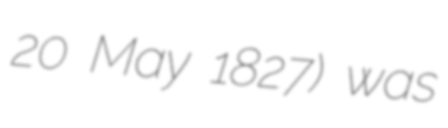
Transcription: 20 May 1827) was